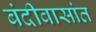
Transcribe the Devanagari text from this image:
बंदीवासांत